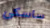
ساسكي